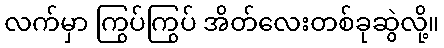
လက်မှာ ကြွပ်ကြွပ် အိတ်လေးတစ်ခုဆွဲလို့။